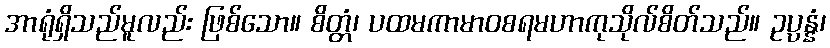
အာရုံရှိသည်မူလည်း ဖြစ်သော။ စိတ္တံ၊ ပထမကာမာဝစရမဟာကုသိုလ်စိတ်သည်။ ဥပ္ပန္နံ၊